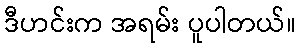
ဒီဟင်းက အရမ်း ပူပါတယ်။